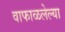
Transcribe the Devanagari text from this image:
वाफाळलेल्या